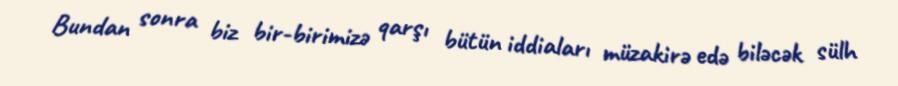
Bundan sonra biz bir-birimizə qarşı bütün iddiaları müzakirə edə biləcək sülh